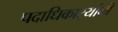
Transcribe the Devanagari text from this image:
पदाधिकार्‍यांनी